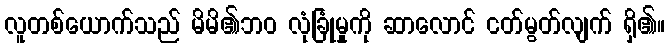
လူတစ်ယောက်သည် မိမိ၏ဘဝ လုံခြုံမှုကို ဆာလောင် ငတ်မွတ်လျက် ရှိ၏။